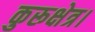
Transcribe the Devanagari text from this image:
कुरूक्षेत्र।